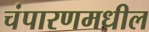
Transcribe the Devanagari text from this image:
चंपारणमधील